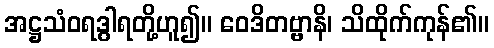
အဋ္ဌသံဝရဒွါရတို့ဟူ၍။ ဝေဒိတဗ္ဗာနိ၊ သိထိုက်ကုန်၏။